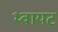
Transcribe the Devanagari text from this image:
थ्वायट